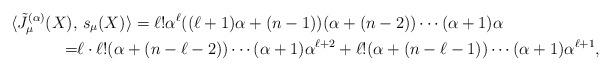
LaTeX: \begin{align*}\langle \tilde{J}_\mu^{(\alpha)}(X),&\ s_{\mu}(X)\rangle = \ell!\alpha^\ell ((\ell+1)\alpha + (n-1))(\alpha + (n-2))\cdots(\alpha + 1) \alpha\\=& \ell\cdot \ell!(\alpha + (n-\ell-2))\cdots(\alpha + 1)\alpha^{\ell+2}+ \ell!(\alpha+(n-\ell-1))\cdots(\alpha + 1)\alpha^{\ell+1},\end{align*}